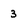
Character: 3